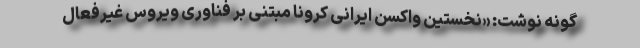
گونه نوشت: «نخستین واکسن ایرانی کرونا مبتنی بر فناوری ویروس غیرفعال